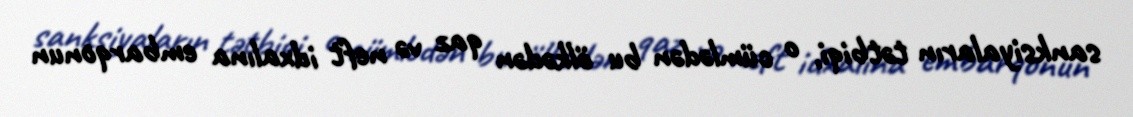
sanksiyaların tətbiqi, o cümlədən bu ölkədən qaz və neft idxalına embarqonun